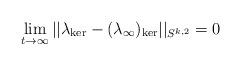
LaTeX: \begin{align*}\lim_{t\rightarrow \infty }||\lambda _{\ker }-(\lambda _{\infty })_{\ker}||_{S^{k,2}}=0 \end{align*}